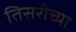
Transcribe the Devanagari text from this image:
तिसरीच्या